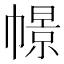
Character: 幜